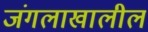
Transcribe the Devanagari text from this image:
जंगलाखालील